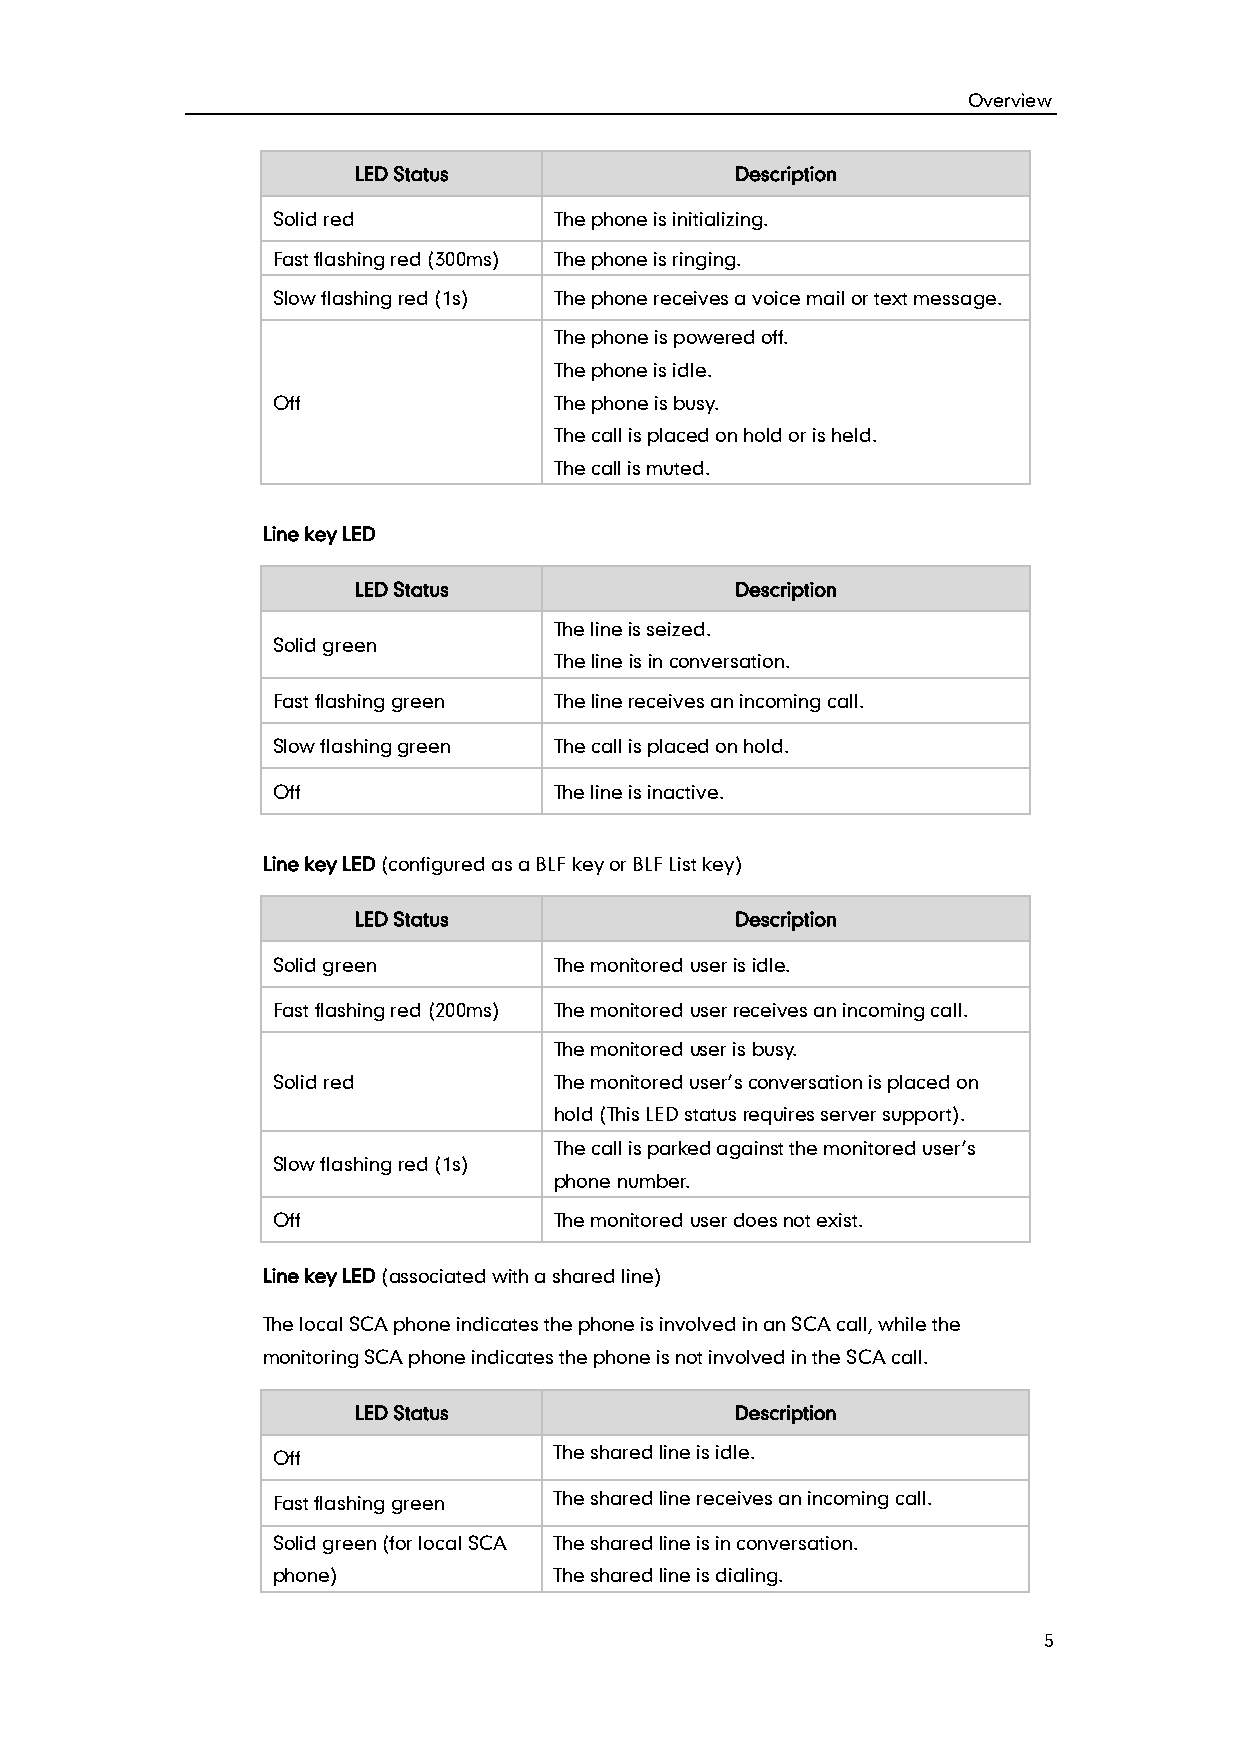
Overview
 LED Status                Description
 Solid red          The phone is initializing.
 Fast flashing red (300ms) The phone is ringing.
 Slow flashing red (1s) The phone receives a voice mail or text message.
 The phone is powered off.
 The phone is idle.
 Off                The phone is busy.
 The call is placed on hold or is held.
 The call is muted.
 Line key LED
 LED Status                Description
 The line is seized.
 Solid green
 The line is in conversation.
 Fast flashing green The line receives an incoming call.
 Slow flashing green The call is placed on hold.
 Off                The line is inactive.
 Line key LED (configured as a BLF key or BLF List key)
 LED Status                Description
 Solid green        The monitored user is idle.
 Fast flashing red (200ms) The monitored user receives an incoming call.
 The monitored user is busy.
 Solid red          The monitored user’s conversation is placed on
 hold (This LED status requires server support).
 The call is parked against the monitored user’s
 Slow flashing red (1s)
 phone number.
 Off                The monitored user does not exist.
 Line key LED (associated with a shared line)
 The local SCA phone indicates the phone is involved in an SCA call, while the
 monitoring SCA phone indicates the phone is not involved in the SCA call.
 LED Status                Description
 Off                The shared line is idle.
 Fast flashing green The shared line receives an incoming call.
 Solid green (for local SCA The shared line is in conversation.
 phone)             The shared line is dialing.
 5